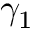
\gamma _ { 1 }